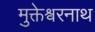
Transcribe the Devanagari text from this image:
मुक्तेश्वरनाथ